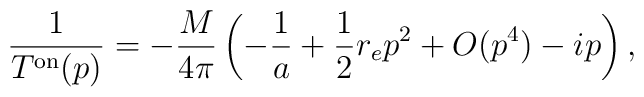
\frac{1}{T^{\rm{on}}(p)}=-\frac{M}{4 \pi}\left(-\frac{1}{a} + \frac{1}{2} r_e p^2 +O({p^4}) - i p \right),